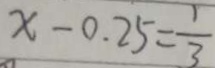
x - 0 . 2 5 = \frac { 1 } { 3 }